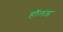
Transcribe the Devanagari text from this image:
हाॅलंड